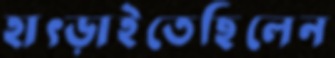
হাৎড়াইতেছিলেন